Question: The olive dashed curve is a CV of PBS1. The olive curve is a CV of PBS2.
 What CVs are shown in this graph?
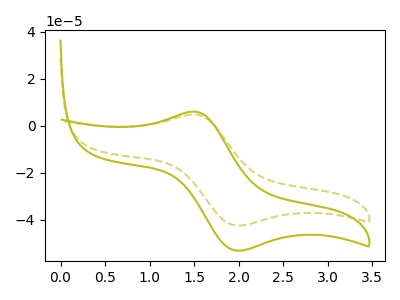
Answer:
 <answer>The olive dashed curve is labeled "PBS1". The olive curve is labeled "PBS2".</answer>
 <eval></eval>